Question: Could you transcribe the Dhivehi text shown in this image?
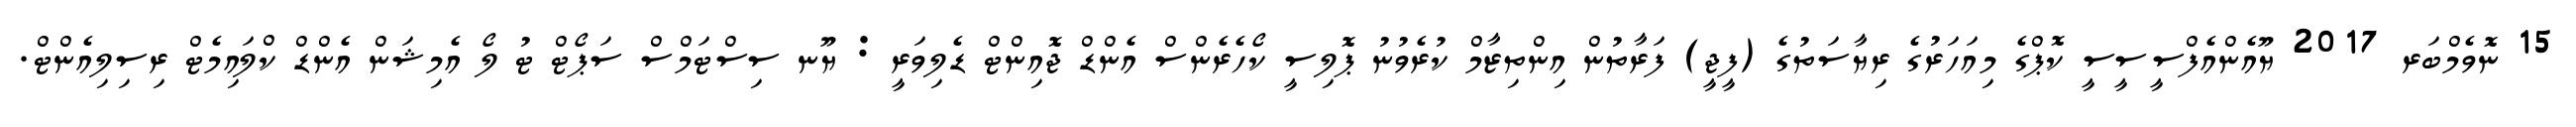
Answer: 15 ނޮވެމްބަރ 2017 ޔޫއެންއެފްސީސީސީ ކޮޕްގެ މިއަހަރުގެ ރިޔާސަތުގެ (ފީޖީ) ފަރާތުން އިންތިޒާމް ކުރެވުނު ޕޮލިސީ ކޯހެރެންސް އެންޑް ޖޮއިންޓް ޑެލިވަރީ : ޔޫނ ސިސްޓަމްސް ސަޕޯޓް ޓު ލޯ އެމިޝަން އެންޑް ކްލައިމެޓް ރިސިލިއެންޓް.